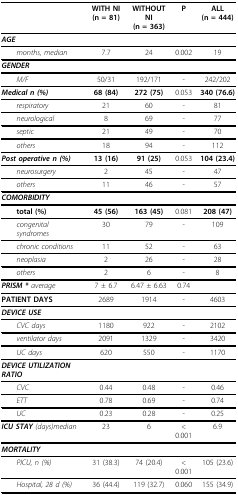
<table><thead><tr><td></td><td><b>WITH NI(n = 81)</b></td><td><b>WITHOUT NI(n = 363)</b></td><td><b>P</b></td><td><b>ALL(n = 444)</b></td></tr></thead><tbody><tr><td><b><i>AGE</i></b></td><td></td><td></td><td></td><td></td></tr><tr><td> <i>months, median</i></td><td>7.7</td><td>24</td><td>0.002</td><td>19</td></tr><tr><td><b><i>GENDER</i></b></td><td></td><td></td><td></td><td></td></tr><tr><td> <i>M/F</i></td><td>50/31</td><td>192/171</td><td>-</td><td>242/202</td></tr><tr><td><b><i>Medical n (%)</i></b></td><td><b>68 (84)</b></td><td><b>272 (75)</b></td><td>0.053</td><td><b>340 (76.6)</b></td></tr><tr><td> <i>respiratory</i></td><td>21</td><td>60</td><td>-</td><td>81</td></tr><tr><td> <i>neurological</i></td><td>8</td><td>69</td><td>-</td><td>77</td></tr><tr><td> <i>septic</i></td><td>21</td><td>49</td><td>-</td><td>70</td></tr><tr><td> <i>others</i></td><td>18</td><td>94</td><td>-</td><td>112</td></tr><tr><td><b><i>Post operative n (%)</i></b></td><td><b>13 (16)</b></td><td><b>91 (25)</b></td><td>0.053</td><td><b>104 (23.4)</b></td></tr><tr><td> <i>neurosurgery</i></td><td>2</td><td>45</td><td>-</td><td>47</td></tr><tr><td> <i>others</i></td><td>11</td><td>46</td><td>-</td><td>57</td></tr><tr><td><b><i>COMORBIDITY</i></b></td><td></td><td></td><td></td><td></td></tr><tr><td> <b>total (%)</b></td><td><b>45 (56)</b></td><td><b>163 (45)</b></td><td>0.081</td><td><b>208 (47)</b></td></tr><tr><td> <i>congenital syndromes</i></td><td>30</td><td>79</td><td>-</td><td>109</td></tr><tr><td> <i>chronic conditions</i></td><td>11</td><td>52</td><td>-</td><td>63</td></tr><tr><td> <i>neoplasia</i></td><td>2</td><td>26</td><td>-</td><td>28</td></tr><tr><td> <i>others</i></td><td>2</td><td>6</td><td>-</td><td>8</td></tr><tr><td><b><i>PRISM * </i></b><i>average</i></td><td>7 ± 6.7</td><td>6.47 ± 6.63</td><td>0.74</td><td></td></tr><tr><td><b>PATIENT DAYS</b></td><td>2689</td><td>1914</td><td>-</td><td>4603</td></tr><tr><td><b><i>DEVICE USE</i></b></td><td></td><td></td><td></td><td></td></tr><tr><td> <i>CVC days</i></td><td>1180</td><td>922</td><td>-</td><td>2102</td></tr><tr><td> <i>ventilator days</i></td><td>2091</td><td>1329</td><td>-</td><td>3420</td></tr><tr><td> <i>UC days</i></td><td>620</td><td>550</td><td>-</td><td>1170</td></tr><tr><td><b><i>DEVICE UTILIZATION RATIO</i></b></td><td></td><td></td><td></td><td></td></tr><tr><td> <i>CVC</i></td><td>0.44</td><td>0.48</td><td>-</td><td>0.46</td></tr><tr><td> <i>ETT</i></td><td>0.78</td><td>0.69</td><td>-</td><td>0.74</td></tr><tr><td> <i>UC</i></td><td>0.23</td><td>0.28</td><td>-</td><td>0.25</td></tr><tr><td><b><i>ICU STAY </i></b><i>(days)median</i></td><td>23</td><td>6</td><td>&lt; 0.001</td><td>6.9</td></tr><tr><td><b><i>MORTALITY</i></b></td><td></td><td></td><td></td><td></td></tr><tr><td> <i>PICU, n (%)</i></td><td>31 (38.3)</td><td>74 (20.4)</td><td>&lt; 0.001</td><td>105 (23.6)</td></tr><tr><td> <i>Hospital, 28 d (%)</i></td><td>36 (44.4)</td><td>119 (32.7)</td><td>0.060</td><td>155 (34.9)</td></tr></tbody></table>